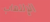
الإلتهاب